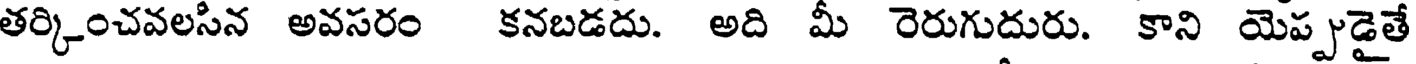
తర్కించవలసిన అవసరం కనబడదు. అది మీ రెరుగుదురు. కాని యెప్పుడైతే